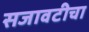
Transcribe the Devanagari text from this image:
सजावटीचा